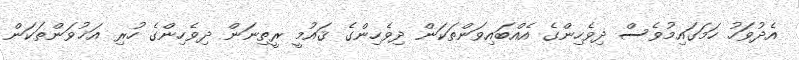
އެދުވަހު ހަމަގައިމުވެސް ދިވެހިންގެ އެއްބައިވަންތަކަން ދިވެހިންގެ ޤައުމީ ރީތިނަން ދިވެހިންގެ ހުރި އަޚުވަންތަކަން